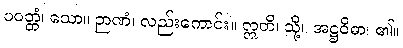
ပဝတ္တံ၊ သော။ ဉာဏံ၊ လည်းကောင်း။ ဣတိ၊ သို့။ အဋ္ဌဝိဓာ၊ ၏။